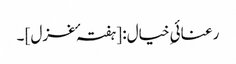
رعنائیِ خیال: [ہفتہ ٴ غزل] ۔